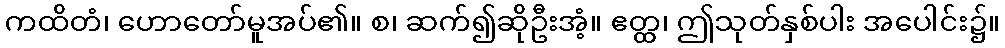
ကထိတံ၊ ဟောတော်မူအပ်၏။ စ၊ ဆက်၍ဆိုဦးအံ့။ ဧတ္ထ၊ ဤသုတ်နှစ်ပါး အပေါင်း၌။